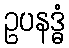
ဥပနဒ္ဓံ